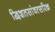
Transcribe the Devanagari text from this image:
द्विशतसांवत्सरिक